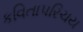
કવિતાપરિચય